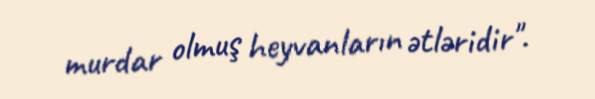
murdar olmuş heyvanların ətləridir".